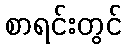
စာရင်းတွင်